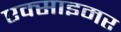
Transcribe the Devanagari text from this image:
एक्‍साइमर